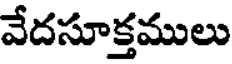
వేదసూక్తములు